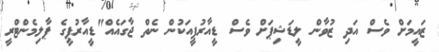
ޒައީމަށް ވެސް އަދި ޒުވާން ލީޑަޝިޕަށް ވެސް ޑީއާރުޕީއަކުން ނެތް ޖާގައެއް"ޑީއާރުޕީގެ ޕާލިމެންޓްރީ